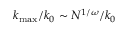
k _ { \operatorname* { m a x } } / k _ { 0 } \sim N ^ { 1 / \omega } / k _ { 0 }